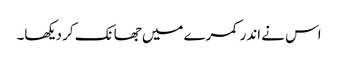
اس نے اندر کمرے میں جھانک کر دیکھا۔